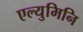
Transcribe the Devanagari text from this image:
एल्युमिनि